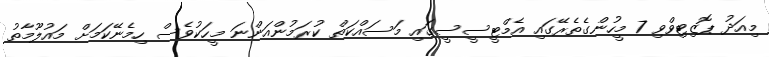
މިއަދު ޕޮޒިޓިވްވި 7 މީހުންގެތެރޭގައި އެމްޓީސީސީގައި މަސައްކަތް ކުރަމުންއަންނަ މީހަކުވެސް ހިމެނޭކަމަށް މައުލޫމާތު